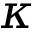
\kappa